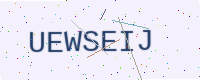
Text: UEWSEIJ